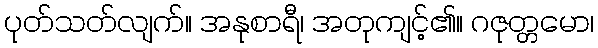
ပုတ်သတ်လျက်။ အနုစာရီ၊ အတုကျင့်၏။ ဂဇုတ္တမော၊